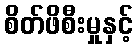
စိတ်ဖိစီးမှုနှင့်